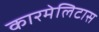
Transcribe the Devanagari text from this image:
कारमेलिटास